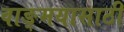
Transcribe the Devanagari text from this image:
वाङ्‌मयासाठी